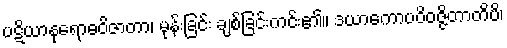
ပဋိယာနုရောဓဝိဇာတာ၊ မုန်းခြင်း ချစ်ခြင်းကင်း၏။ ဒယာကောပဝိဝဇ္ဇိတာတိပိ၊